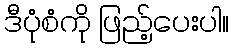
ဒီပုံစံကို ဖြည့်ပေးပါ။